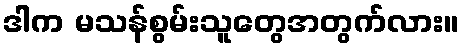
ဒါက မသန်စွမ်းသူတွေအတွက်လား။